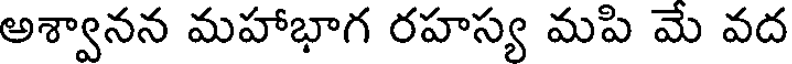
అశ్వానన మహాభాగ రహస్య మపి మే వద